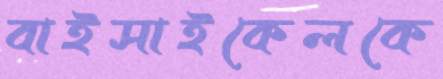
বাইসাইকেলকে